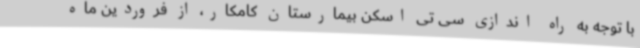
با توجه به راه اندازی سی تی اسکن بیمارستان کامکار، از فروردین ماه